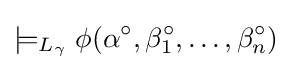
\models _{L_{\gamma }}\phi (\alpha ^{\circ },\beta _{1}^{\circ },\ldots ,\beta _{n}^{\circ })